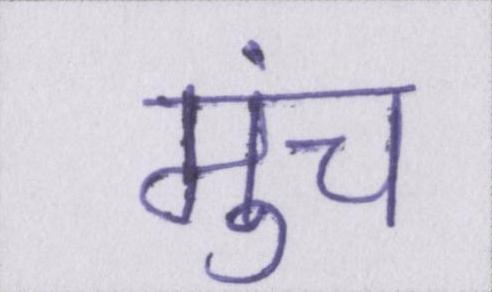
मुंच